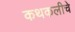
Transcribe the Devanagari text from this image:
कथकलीचे